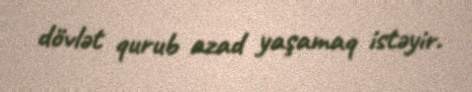
dövlət qurub azad yaşamaq istəyir.